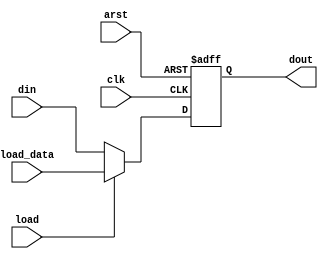
/*--  *******************************************************
--  Computer Architecture Course, Laboratory Sources 
--  Amirkabir University of Technology (Tehran Polytechnic)
--  Department of Computer Engineering (CE-AUT)
--  https://ce[dot]aut[dot]ac[dot]ir
--  *******************************************************
--  All Rights reserved (C) 2019-2020
--  *******************************************************
--  Student ID  : 
--  Student Name: 
--  Student Mail: 
--  *******************************************************
--  Additional Comments:
--
--*/

/*-----------------------------------------------------------
---  Module Name: Light Dance
---  Description: Module5:
-----------------------------------------------------------*/
`timescale 1 ns/1 ns

module DFlop (
	input  arst  , // async reset
	input  clk   , // clock posedge
	input  din   , // data  in
	input  load,
	input load_data, // data  load 
	output reg dout    // data  out
);

	always@(posedge clk or negedge arst) begin
		 if(~arst)
			dout <= 1'b0;
		 else if(~load)
			dout <= din;
			else
			 dout<=load_data;
	end

endmodule